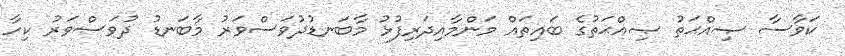
ކަވާސާ ޞިއްޙަތު ޞިއްޙަތުގެ ބައިތައް މަންމާއިދަރިފުޅު މާބަނޑުދުވަސްވަރު މާބަނޑު ދުވަސްވަރު ކިހާ